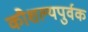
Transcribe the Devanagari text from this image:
कौशल्यपुर्वक